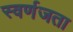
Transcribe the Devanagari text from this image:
स्वर्णजता